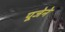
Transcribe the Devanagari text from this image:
पूजेने